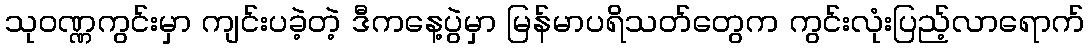
သုဝဏ္ဏကွင်းမှာ ကျင်းပခဲ့တဲ့ ဒီကနေ့ပွဲမှာ မြန်မာပရိသတ်တွေက ကွင်းလုံးပြည့်လာရောက်